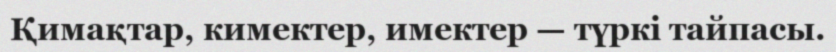
Қимақтар, кимектер, имектер — түркі тайпасы.